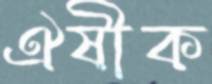
ঐষীক